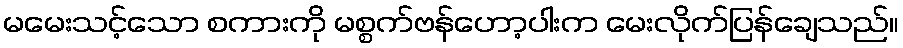
မမေးသင့်သော စကားကို မစ္စက်ဗန်ဟော့ပါးက မေးလိုက်ပြန်ချေသည်။